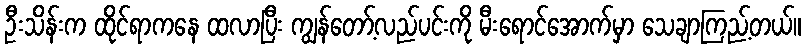
ဦးသိန်းက ထိုင်ရာကနေ ထလာပြီး ကျွန်တော့်လည်ပင်းကို မီးရောင်အောက်မှာ သေချာကြည့်တယ်။